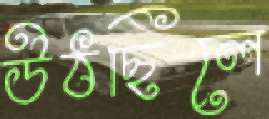
উঠছিলে